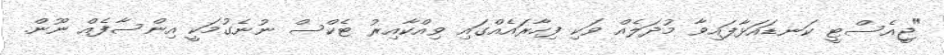
"ޖީއެސްޓީ ކަނޑައަޅާފައިވާ މުދަލެއް ވަކި ފިހާރައެއްގައި ވިއްކާއިރު ޓެކްސް ނުނެގުމަކީ އިންސާފެއް ނޫން.